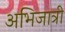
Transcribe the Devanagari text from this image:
अभिजात्री